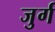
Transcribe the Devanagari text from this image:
जुर्ग